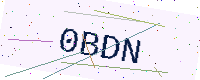
Text: 0BDN